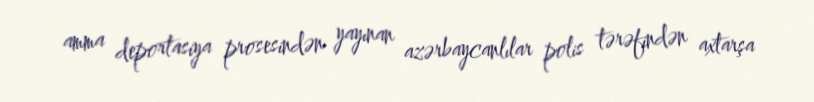
amma deportasiya prosesindən yayınan azərbaycanlılar polis tərəfindən axtarşa